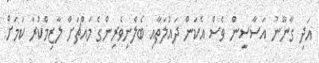
އަދި ގާނޫނު އަސާސީން ވެސް އެކަން ދައުލަތާއި ބެލެނިވެރިންގެ މައްޗަށް ލާޒިމްކުރާ ކަމަށް